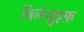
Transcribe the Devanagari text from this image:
विलेजुइफ़